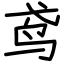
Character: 鸢